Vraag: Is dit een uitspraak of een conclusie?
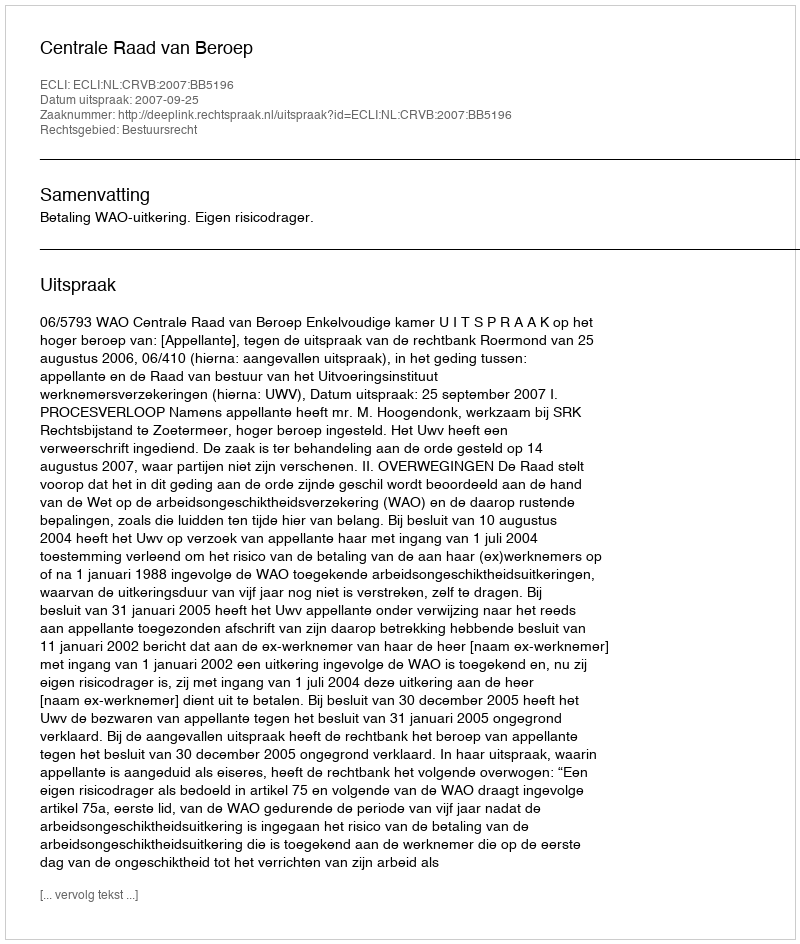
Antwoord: Uitspraak